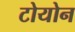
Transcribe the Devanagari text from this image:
टोयोन